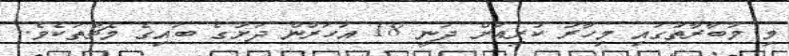
މި މުބާރާތުގައި މިހާރު ކުރިއަށް ދަނީ 18 އަހަރުން ދަށުގެ ބައިގެ މެޗުތަކެވެ.